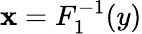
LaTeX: \mathbf{x}=F_{1}^{-1}(y)